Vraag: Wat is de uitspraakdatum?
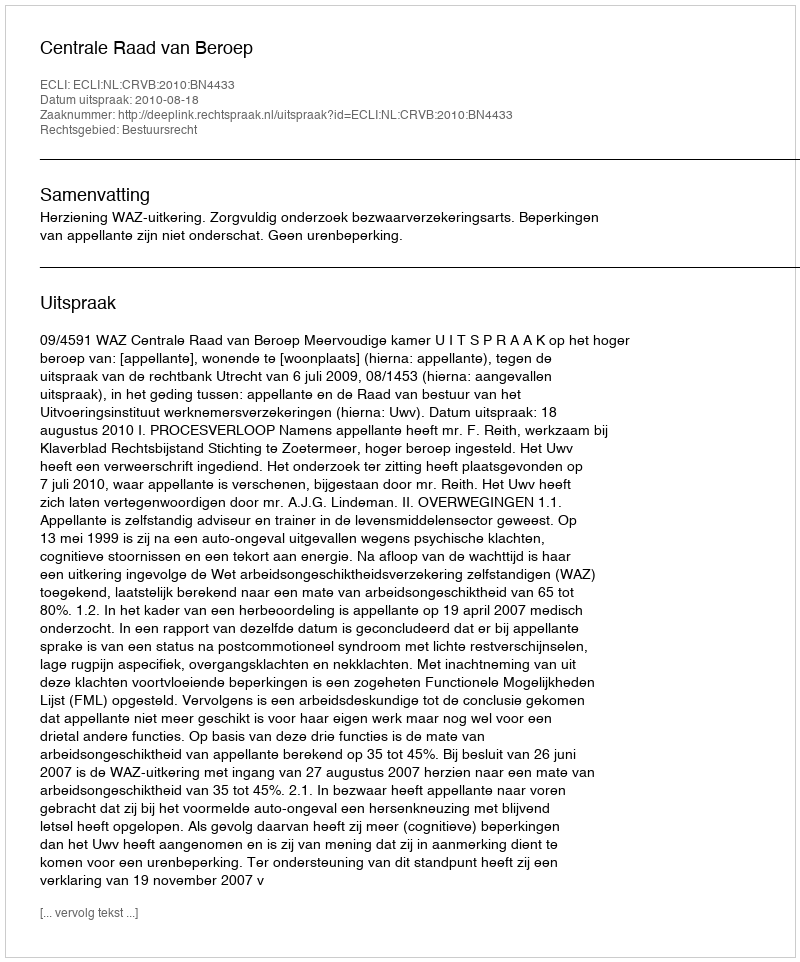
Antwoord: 2010-08-18